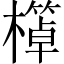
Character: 𱤩